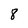
Character: 8